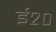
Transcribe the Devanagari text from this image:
ई२०